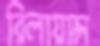
রিলায়ান্স